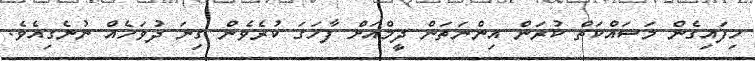
ހިފައިގެން މަސައްކަތް ކުރަން އިންނަތަން ދީމްއަށް ފާހަގަ ކުރެވެން ގިނަ ދުވަހެއް ނުނެގިއެވެ.